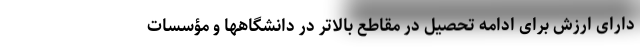
دارای ارزش برای ادامه تحصیل در مقاطع بالاتر در دانشگاهها و مؤسسات